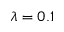
\lambda = 0 . 1